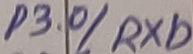
Text: P3.0/RXD